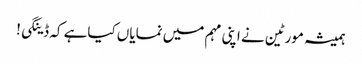
ہمیشہ مورٹین نے اپنی مہم میں نمایاں کیاہے کہ ڈینگی!